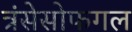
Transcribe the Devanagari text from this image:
त्रंसेसोफगल